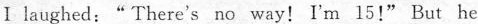
Ⅰlāughed:"There's no way! I'm 15!" But he